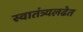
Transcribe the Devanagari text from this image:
स्वातंत्र्यलढेत